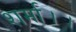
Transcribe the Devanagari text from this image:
शर्मा।।